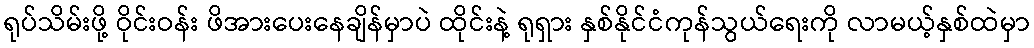
ရုပ်သိမ်းဖို့ ဝိုင်းဝန်း ဖိအားပေးနေချိန်မှာပဲ ထိုင်းနဲ့ ရုရှား နှစ်နိုင်ငံကုန်သွယ်ရေးကို လာမယ့်နှစ်ထဲမှာ